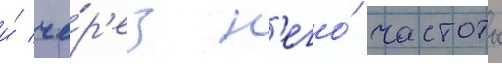
и́ че́р'ез н'его́ частоты